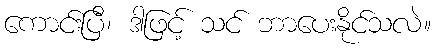
ကောင်းပြီ၊ ဒါဖြင့် သင် ဘာပေးနိုင်သလဲ။